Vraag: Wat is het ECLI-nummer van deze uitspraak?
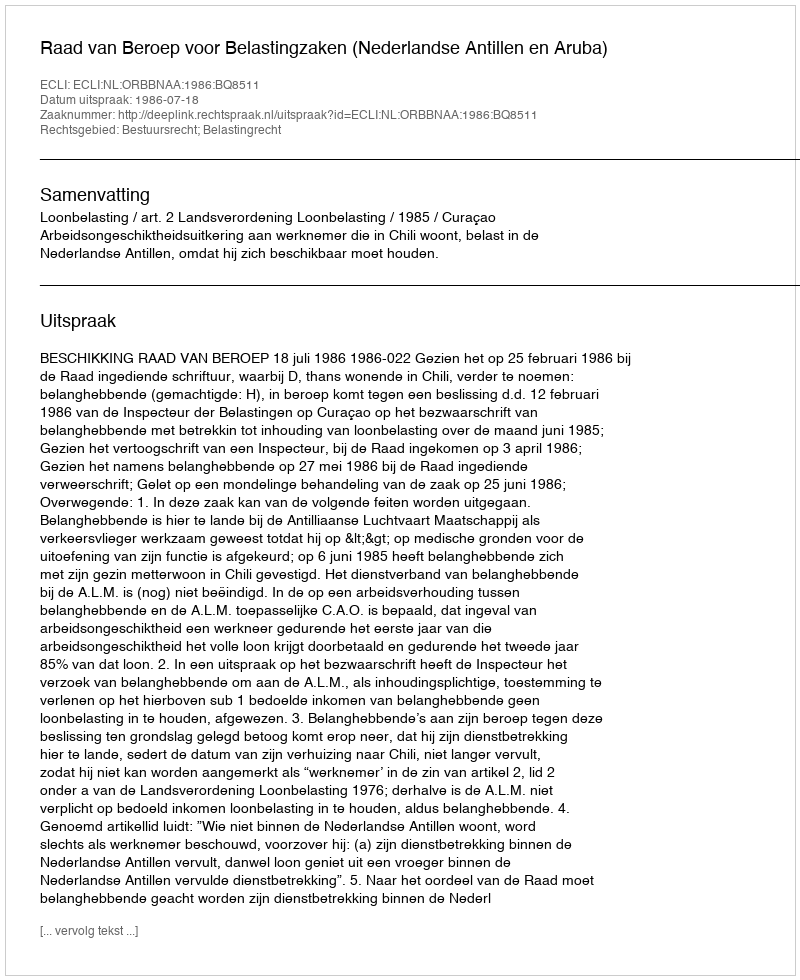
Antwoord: ECLI:NL:ORBBNAA:1986:BQ8511